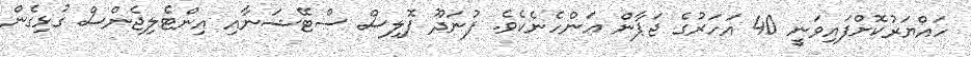
ހައްޔަރުކޮށްފައިވަނީ 40 އަހަރުގެ ޖަޕާން އަންހެނެކެވެ. ފުނަދޫ ޕޮލިސް ސްޓޭޝަނާއި އިންޓެލިޖެންސް ގުޅިގެން